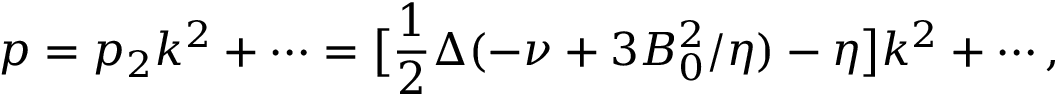
p = p _ { 2 } k ^ { 2 } + \cdots = \bigl [ \frac { 1 } { 2 } \Delta ( - \nu + 3 B _ { 0 } ^ { 2 } / \eta ) - \eta \bigr ] k ^ { 2 } + \cdots ,